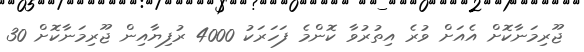
ޖޫރިމަނާކޮށް އެއަށް ވުރެ އިތުރުވާ ކޮންމެ ފަހަރަކު 4000 ރުފިޔާއިން ޖޫރިމަނާކޮށް 30